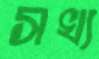
সখ্য